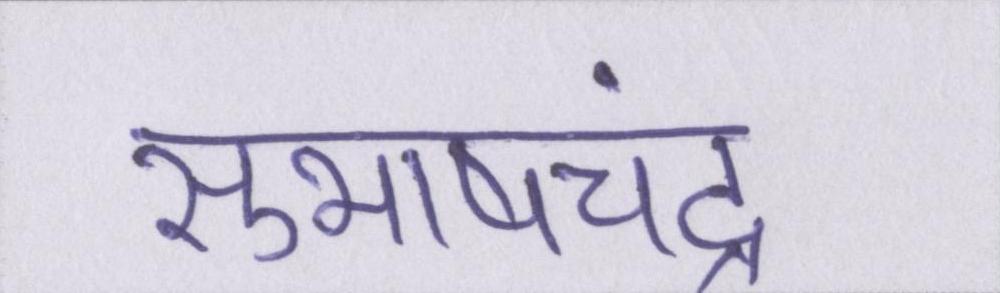
सुभाषचंद्र